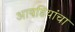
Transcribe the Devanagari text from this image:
आयडियांचा